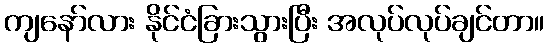
ကျနော်လား နိုင်ငံခြားသွားပြီး အလုပ်လုပ်ချင်တာ။